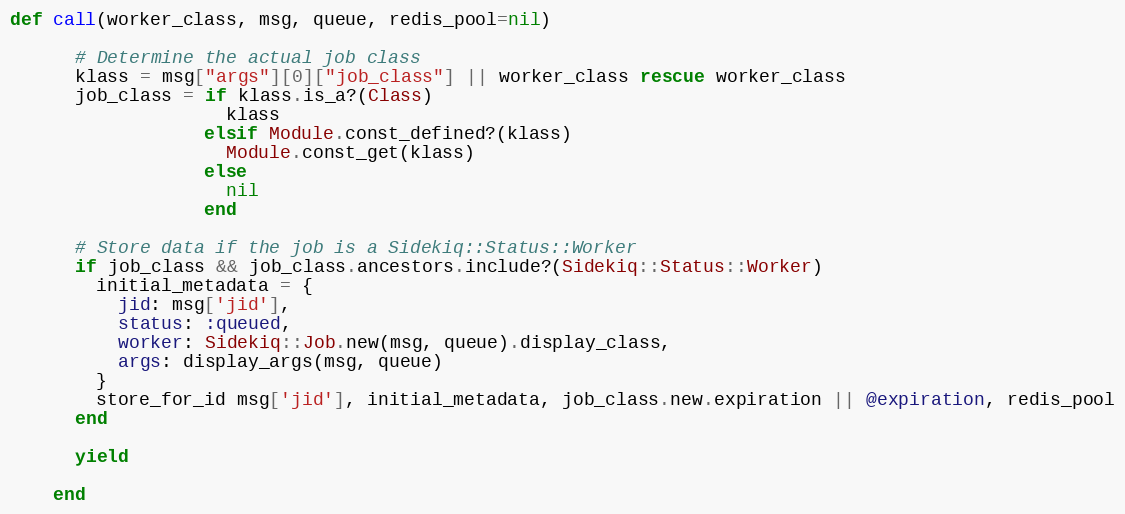
Language: Ruby
def call(worker_class, msg, queue, redis_pool=nil)

      # Determine the actual job class
      klass = msg["args"][0]["job_class"] || worker_class rescue worker_class
      job_class = if klass.is_a?(Class)
                    klass
                  elsif Module.const_defined?(klass)
                    Module.const_get(klass)
                  else
                    nil
                  end

      # Store data if the job is a Sidekiq::Status::Worker
      if job_class && job_class.ancestors.include?(Sidekiq::Status::Worker)
        initial_metadata = {
          jid: msg['jid'],
          status: :queued,
          worker: Sidekiq::Job.new(msg, queue).display_class,
          args: display_args(msg, queue)
        }
        store_for_id msg['jid'], initial_metadata, job_class.new.expiration || @expiration, redis_pool
      end

      yield

    end